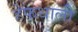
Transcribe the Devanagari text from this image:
हेफथाली